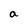
Character: a